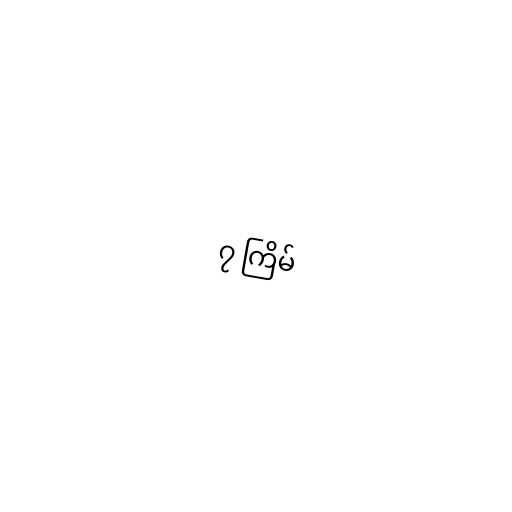
၇ ကြိမ်